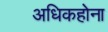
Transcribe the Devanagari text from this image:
अधिकहोना